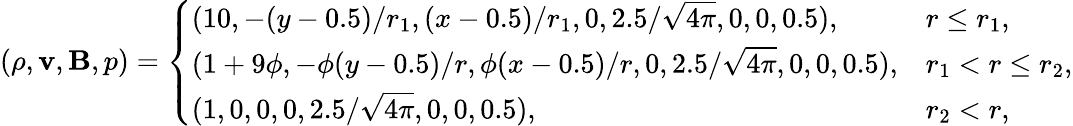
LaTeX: (\rho,\mathbf{v},\mathbf{B},p)=\left\{ \begin{array}{ll}{(10,-(y-0.5)/r_{1},(x-0.5)/r_{1},0,2.5/\sqrt{4\pi},0,0,0.5),}&{r\leq r_{1},}\\ {(1+9\phi,-\phi(y-0.5)/r,\phi(x-0.5)/r,0,2.5/\sqrt{4\pi},0,0,0.5),}&{r_{1}<r\leq r_{2},}\\ {(1,0,0,0,2.5/\sqrt{4\pi},0,0,0.5),}&{r_{2}<r,}\end{array}\right.